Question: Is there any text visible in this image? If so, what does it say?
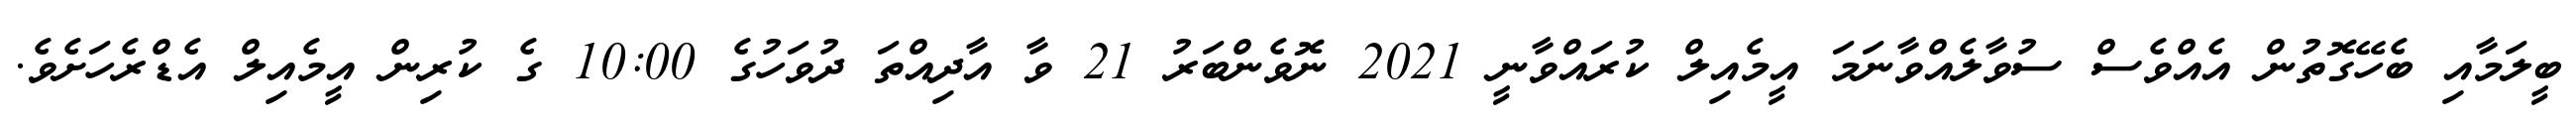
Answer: ބީލަމާއި ބެހޭގޮތުން އެއްވެސް ސުވާލެއްވާނަމަ އީމެއިލް ކުރައްވާނީ 2021 ނޮވެންބަރު 21 ވާ އާދިއްތަ ދުވަހުގެ 10:00 ގެ ކުރިން އީމެއިލް އެޑްރެހަށެވެ.